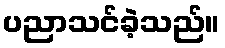
ပညာသင်ခဲ့သည်။